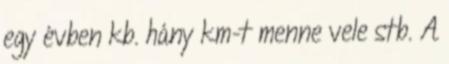
egy évben kb. hány km-t menne vele stb. A